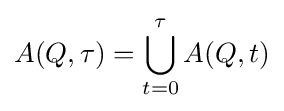
A(Q,\tau )=\bigcup _{t=0}^{\tau }A(Q,t)